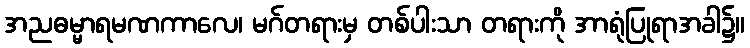
အညဓမ္မာရမဏကာလေ၊ မဂ်တရားမှ တစ်ပါးသာ တရားကို အာရုံပြုရာအခါ၌။